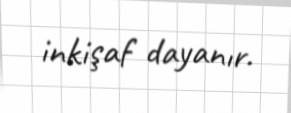
inkişaf dayanır.